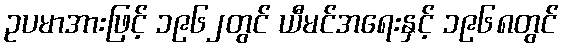
ဥပမာအားဖြင့် ၁၉၆၂တွင် ယီမင်အရေးနှင့် ၁၉၆၈တွင်